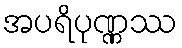
အပရိပုဏ္ဏဿ